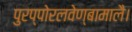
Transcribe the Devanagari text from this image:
पुरप्पोरलवेण्बामालै।